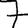
Digit: 7